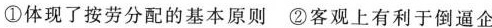
①体现了按劳分配的基本原则②客观上有利于倒逼企